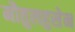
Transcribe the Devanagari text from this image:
मौतुलहुसेन